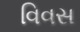
વિવસ